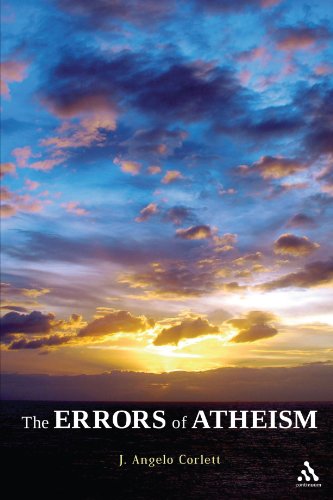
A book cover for The Errors of Atheism; J. Angelo Corlett; Religion & Spirituality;